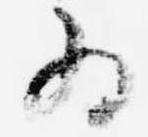
為